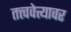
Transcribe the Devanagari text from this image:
तत्त्ववेत्त्यावर